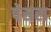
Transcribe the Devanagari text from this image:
पेसरा